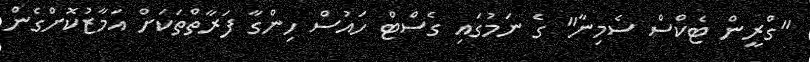
"ގްރީން ޓެކްސް ސެމިނާ" ގެ ނަމުގައި ގެސްޓް ހައުސް ހިންގާ ފަރާތްތަކަށް އަމާޒުކޮށްގެން